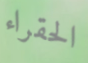
الحقراء